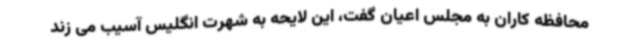
محافظه کاران به مجلس اعیان گفت، این لایحه به شهرت انگلیس آسیب می زند